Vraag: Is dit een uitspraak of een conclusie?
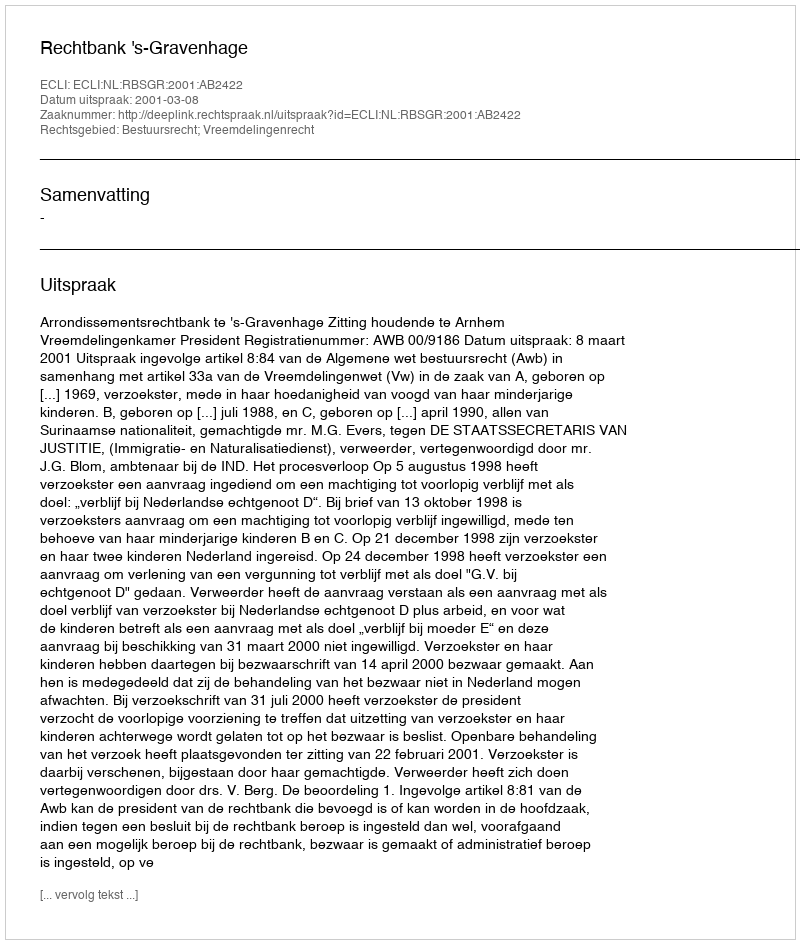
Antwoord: Uitspraak